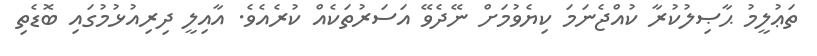
ތަޢުލީމު ޙާޞިލުކުރާ ކުއްޖެނަމަ ކިޔެވުމަށް ނޭދެވޭ އަސަރުތަކެއް ކުރެއެވެ. އާއިލީ ދިރިއުޅުމުގައި ބޮޑެތި